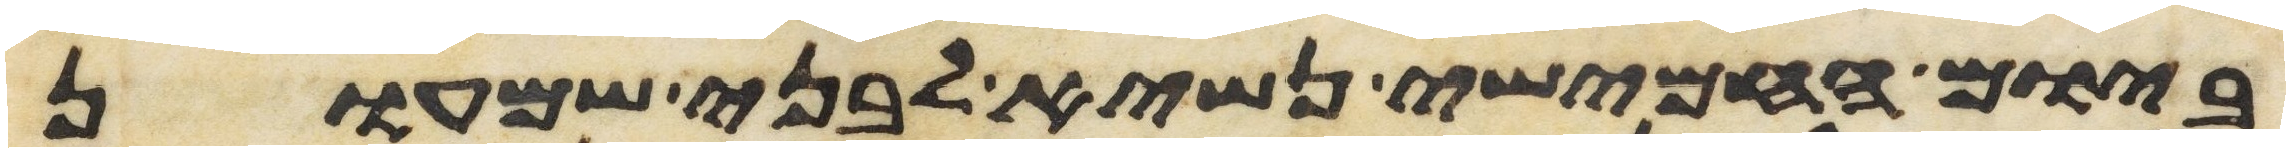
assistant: ביום החמישי נשיא לבני שמעון